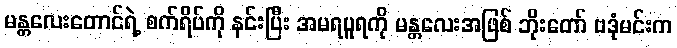
မန္တလေးတောင်ရဲ့ စက်ရိပ်ကို နင်းပြီး အမရပူရကို မန္တလေးအဖြစ် ဘိုးတော် ဗဒုံမင်းက